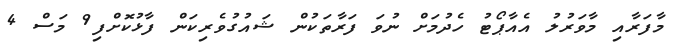
މާފަރާއި މާވަރުލު އެއާޕޯޓު ހެދުމަށް ނުވަ ފަރާތަކުން ޝައުގުވެރިކަން ފާޅުކޮށްފި9 މަސް 4